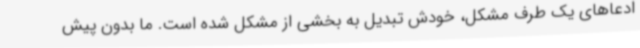
ادعاهای یک طرف مشکل، خودش تبدیل به بخشی از مشکل شده است. ما بدون پیش